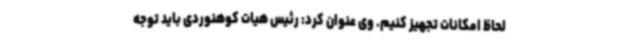
لحاظ امکانات تجهیز کنیم. وی عنوان کرد: رئیس هیات کوهنوردی باید توجه